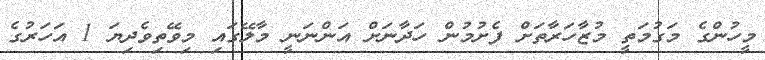
މީހުންގެ މަގުމަތީ މުޒާހަރާތަށް ފެށުމުން ހަދާނަށް އަންނަނީ މާލޭގައި މިވޭތިވެދިޔަ 1 އަހަރުގެ